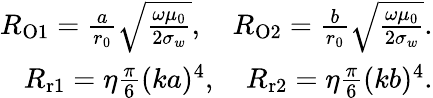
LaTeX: \begin{array}{r}{R_{\mathrm{O1}}=\frac{a}{r_{0}}\sqrt{\frac{\omega\mu_{0}}{2\sigma_{w}}},\quad R_{\mathrm{O2}}=\frac{b}{r_{0}}\sqrt{\frac{\omega\mu_{0}}{2\sigma_{w}}}.}\\ {R_{\mathrm{r1}}=\eta\frac{\pi}{6}(ka)^{4},\quad R_{\mathrm{r2}}=\eta\frac{\pi}{6}(kb)^{4}.}\end{array}